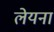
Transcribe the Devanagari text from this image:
लेयना